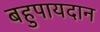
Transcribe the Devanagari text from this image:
बहुपायदान